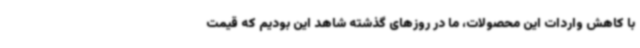
با کاهش واردات این محصولات، ما در روزهای گذشته شاهد این بودیم که قیمت